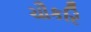
ચૌકરિ